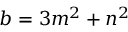
b = 3 m ^ { 2 } + n ^ { 2 }